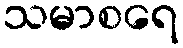
သမာစရေ